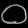
Digit: ၀